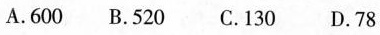
A.600 B.520 C.130 D.78